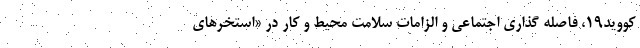
کووید۱۹، فاصله گذاری اجتماعی و الزامات سلامت محیط و کار در «استخرهای